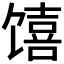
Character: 𱄆